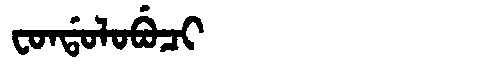
Manchu: ᠸᠣᠨᡩᠣᠯᠣᠪᡠᠴᡳ
Romanization: FONDOLOBUCI